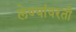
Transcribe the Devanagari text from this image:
लेण्यांवरती